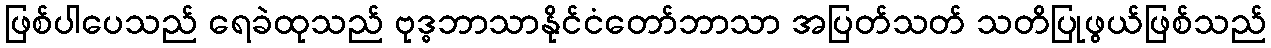
ဖြစ်ပါပေသည် ရေခဲထုသည် ဗုဒ္ဓဘာသာနိုင်ငံတော်ဘာသာ အပြတ်သတ် သတိပြုဖွယ်ဖြစ်သည်